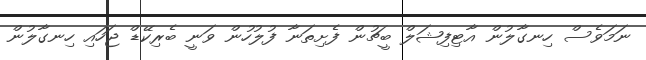
ނަމަވެސް ހިނގާލުން އާޓިފިޝަލް ބީޗުން ފެށިތަނާ ފުލުހުން ވަނީ ބެރިކޭޑް ޖަހައި ހިނގާލުން